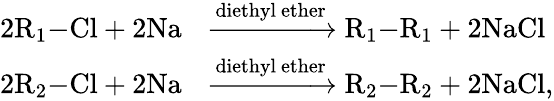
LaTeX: \begin{array}{rl}{2\mathrm{R}_{1}\mathrm{-Cl}+2\mathrm{Na}}&{\xrightarrow[]{\mathrm{diethyl~ether}}\mathrm{R}_{1}\mathrm{-R}_{1}+2\mathrm{NaCl}}\\ {2\mathrm{R}_{2}\mathrm{-Cl}+2\mathrm{Na}}&{\xrightarrow[]{\mathrm{diethyl~ether}}\mathrm{R}_{2}\mathrm{-R}_{2}+2\mathrm{NaCl},}\end{array}